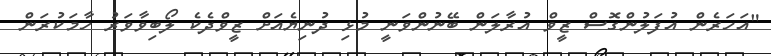
"އަހަރެން އުފަލުންގޮސް ޒީވް އުރާލަން ބޭނުންވަނީ މުޅި ދުނިޔެއަށް ޒީވްދެކެ ލޯބިވާވަރު ހާމަކުރަން